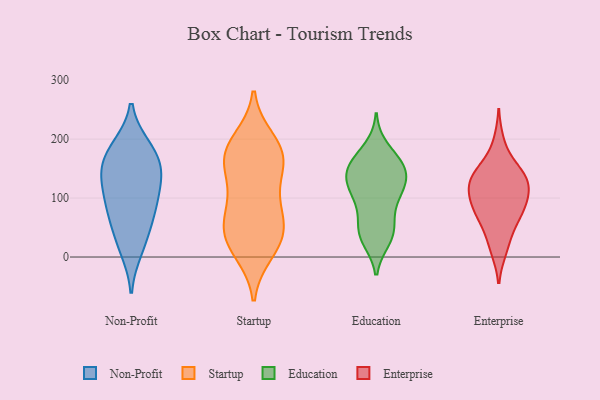
{"axis": {"x": "Demand Index", "y": "Value"}, "legend": ["Education", "Enterprise", "Non-Profit", "Startup"], "data": [{"x": "", "y": 138, "type": "Non-Profit"}, {"x": "", "y": 73, "type": "Non-Profit"}, {"x": "", "y": 88, "type": "Non-Profit"}, {"x": "", "y": 187, "type": "Non-Profit"}, {"x": "", "y": 28, "type": "Non-Profit"}, {"x": "", "y": 159, "type": "Non-Profit"}, {"x": "", "y": 64, "type": "Non-Profit"}, {"x": "", "y": 100, "type": "Non-Profit"}, {"x": "", "y": 12, "type": "Non-Profit"}, {"x": "", "y": 127, "type": "Non-Profit"}, {"x": "", "y": 187, "type": "Non-Profit"}, {"x": "", "y": 165, "type": "Non-Profit"}, {"x": "", "y": 138, "type": "Non-Profit"}, {"x": "", "y": 179, "type": "Startup"}, {"x": "", "y": 31, "type": "Startup"}, {"x": "", "y": 38, "type": "Startup"}, {"x": "", "y": 169, "type": "Startup"}, {"x": "", "y": 197, "type": "Startup"}, {"x": "", "y": 72, "type": "Startup"}, {"x": "", "y": 86, "type": "Startup"}, {"x": "", "y": 149, "type": "Startup"}, {"x": "", "y": 53, "type": "Startup"}, {"x": "", "y": 110, "type": "Startup"}, {"x": "", "y": 175, "type": "Startup"}, {"x": "", "y": 167, "type": "Startup"}, {"x": "", "y": 26, "type": "Startup"}, {"x": "", "y": 10, "type": "Startup"}, {"x": "", "y": 100, "type": "Education"}, {"x": "", "y": 159, "type": "Education"}, {"x": "", "y": 151, "type": "Education"}, {"x": "", "y": 36, "type": "Education"}, {"x": "", "y": 142, "type": "Education"}, {"x": "", "y": 47, "type": "Education"}, {"x": "", "y": 184, "type": "Education"}, {"x": "", "y": 30, "type": "Education"}, {"x": "", "y": 118, "type": "Education"}, {"x": "", "y": 61, "type": "Education"}, {"x": "", "y": 141, "type": "Education"}, {"x": "", "y": 157, "type": "Education"}, {"x": "", "y": 157, "type": "Education"}, {"x": "", "y": 100, "type": "Education"}, {"x": "", "y": 121, "type": "Education"}, {"x": "", "y": 39, "type": "Education"}, {"x": "", "y": 111, "type": "Education"}, {"x": "", "y": 71, "type": "Enterprise"}, {"x": "", "y": 135, "type": "Enterprise"}, {"x": "", "y": 84, "type": "Enterprise"}, {"x": "", "y": 20, "type": "Enterprise"}, {"x": "", "y": 194, "type": "Enterprise"}, {"x": "", "y": 140, "type": "Enterprise"}, {"x": "", "y": 135, "type": "Enterprise"}, {"x": "", "y": 65, "type": "Enterprise"}, {"x": "", "y": 90, "type": "Enterprise"}, {"x": "", "y": 137, "type": "Enterprise"}, {"x": "", "y": 95, "type": "Enterprise"}, {"x": "", "y": 116, "type": "Enterprise"}, {"x": "", "y": 119, "type": "Enterprise"}, {"x": "", "y": 107, "type": "Enterprise"}, {"x": "", "y": 13, "type": "Enterprise"}, {"x": "", "y": 57, "type": "Enterprise"}, {"x": "", "y": 152, "type": "Enterprise"}]}